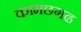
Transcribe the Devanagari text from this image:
कामछगढ